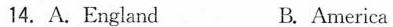
14.A.England B. America